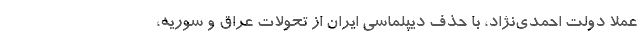
عملا دولت احمدی‌نژاد، با حذف دیپلماسی ایران از تحولات عراق و سوریه،